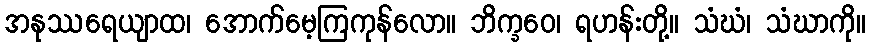
အနုဿရေယျာထ၊ အောက်မေ့ကြကုန်လော။ ဘိက္ခဝေ၊ ရဟန်းတို့။ သံဃံ၊ သံဃာကို။